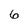
Character: 6